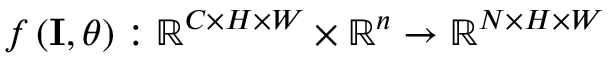
f \left( \mathbf { I } , \theta \right) : \mathbb { R } ^ { C \times H \times W } \times \mathbb { R } ^ { n } \to \mathbb { R } ^ { N \times H \times W }